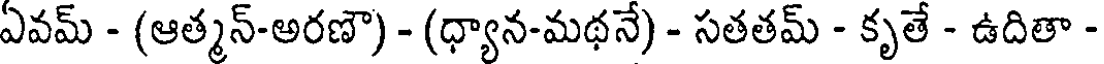
ఏవమ్ - (ఆత్మన్-అరణౌ) - (ధ్యాన-మథనే) - సతతమ్ - కృతే - ఉదితా -